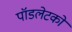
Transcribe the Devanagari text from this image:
पॉडलेटको